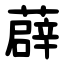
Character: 薜